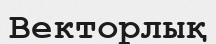
Векторлық